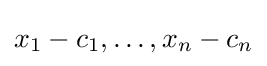
x_{1}-c_{1},\ldots ,x_{n}-c_{n}